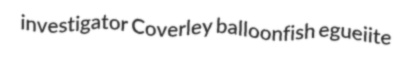
investigator Coverley balloonfish egueiite